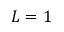
L = 1